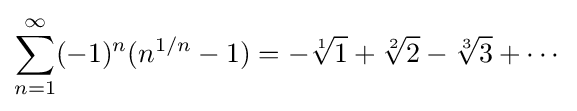
\sum _{n=1}^{\infty }(-1)^{n}(n^{1/n}-1)=-{\sqrt[{1}]{1}}+{\sqrt[{2}]{2}}-{\sqrt[{3}]{3}}+\cdots